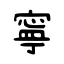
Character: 寧